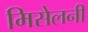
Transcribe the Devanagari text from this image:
मिसेलनी